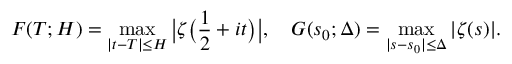
F ( T ; H ) = \operatorname* { m a x } _ { | t - T | \leq H } { \bigl | } \zeta { \bigl ( } { \frac { 1 } { 2 } } + i t { \bigr ) } { \bigr | } , \quad G ( s _ { 0 } ; \Delta ) = \operatorname* { m a x } _ { | s - s _ { 0 } | \leq \Delta } | \zeta ( s ) | .